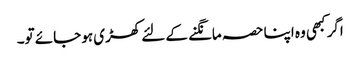
اگر کبھی وہ اپنا حصہ مانگنے کے لئے کھڑی ہو جائے تو۔